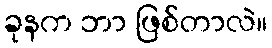
ခုနက ဘာ ဖြစ်တာလဲ။